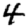
Digit: 4